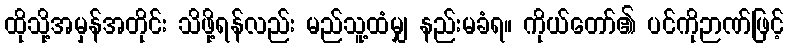
ထိုသို့အမှန်အတိုင်း သိဖို့ရန်လည်း မည်သူ့ထံမျှ နည်းမခံရ။ ကိုယ်တော်၏ ပင်ကိုဉာဏ်ဖြင့်